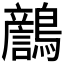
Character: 𪆿